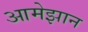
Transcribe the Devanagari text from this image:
आमेझान